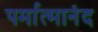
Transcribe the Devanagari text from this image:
पर्मात्मानंद